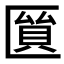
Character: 𠥘